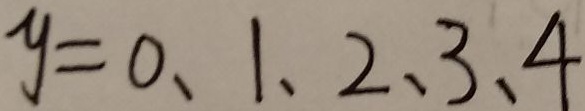
y = 0 、 1 、 2 、 3 、 4